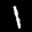
Label: 1